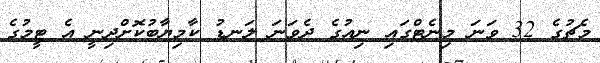
މެޗުގެ 32 ވަނަ މިނެޓްގައި ނިއުގެ ދެވަނަ ލަނޑު ކާމިޔާބުކޮށްދިނީ އެ ޓީމުގެ